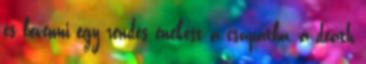
és bevenni egy rendes énekest a csapatba, a death